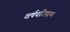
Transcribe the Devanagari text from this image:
वर्षपरिमाण